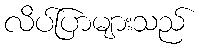
လိပ်ပြာများသည်